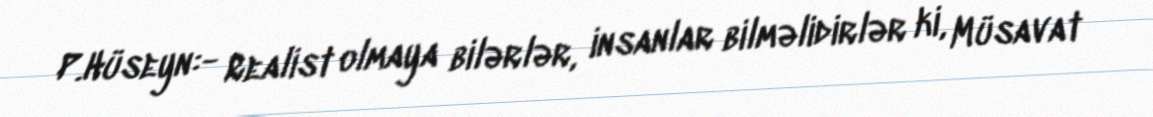
P.Hüseyn:- Realist olmaya bilərlər, insanlar bilməlidirlər ki, Müsavat